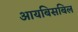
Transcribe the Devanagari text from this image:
आयबिसबिल